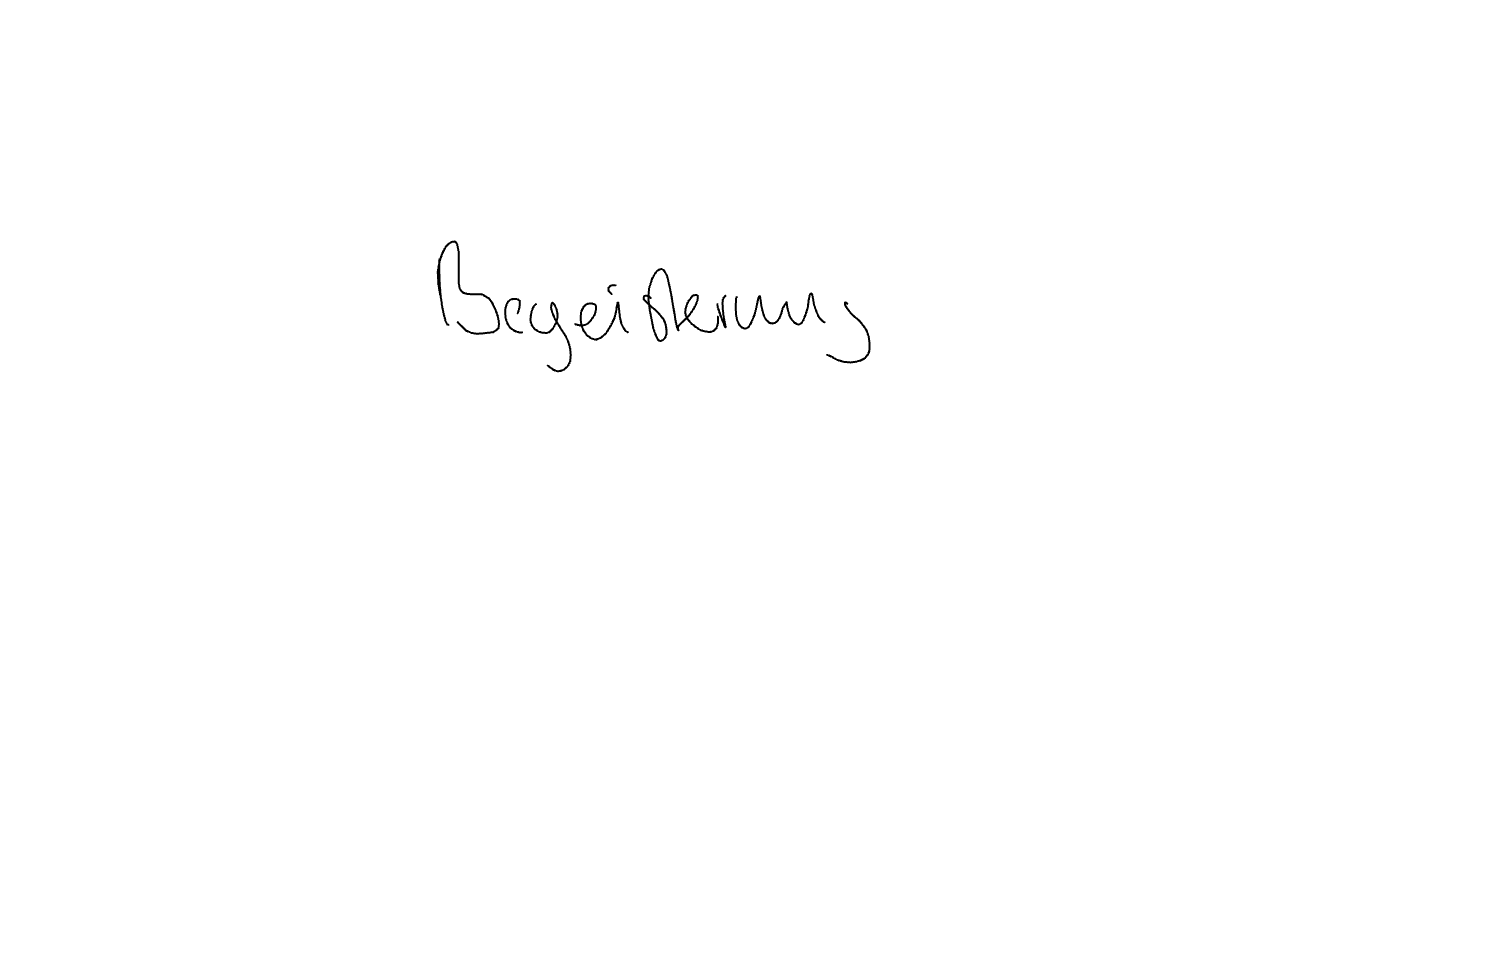
Text: Begeisterung